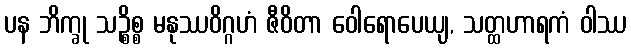
ပန ဘိက္ခု သဉ္စိစ္စ မနုဿဝိဂ္ဂဟံ ဇီဝိတာ ဝေါရောပေယျ, သတ္ထဟာရကံ ဝါဿ